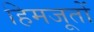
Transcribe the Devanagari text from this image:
हिमजूतों